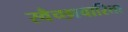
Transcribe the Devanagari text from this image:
स्वैच्छाचारिता